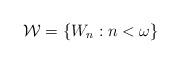
LaTeX: \begin{align*}{\mathcal{W}}=\{W_{n}:{n<\omega }\} \end{align*}